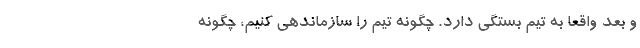
و بعد واقعا به تیم بستگی دارد. چگونه تیم را سازماندهی کنیم، چگونه